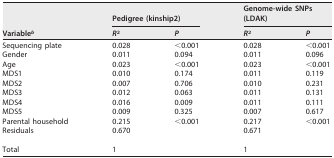
<table><thead><tr><td rowspan="2"><b>Variable<sup>b</sup></b></td><td colspan="2"><b>Pedigree (kinship2)</b></td><td colspan="2"><b>Genome-wide SNPs (LDAK)</b></td></tr><tr><td><b><i>R</i><sup>2</sup></b></td><td><b><i>P</i></b></td><td><b><i>R</i><sup>2</sup></b></td><td><b><i>P</i></b></td></tr></thead><tbody><tr><td>Sequencing plate</td><td>0.028</td><td>&lt;0.001</td><td>0.028</td><td>&lt;0.001</td></tr><tr><td>Gender</td><td>0.011</td><td>0.094</td><td>0.011</td><td>0.096</td></tr><tr><td>Age</td><td>0.023</td><td>&lt;0.001</td><td>0.023</td><td>&lt;0.001</td></tr><tr><td>MDS1</td><td>0.010</td><td>0.174</td><td>0.011</td><td>0.119</td></tr><tr><td>MDS2</td><td>0.007</td><td>0.706</td><td>0.010</td><td>0.231</td></tr><tr><td>MDS3</td><td>0.012</td><td>0.063</td><td>0.011</td><td>0.131</td></tr><tr><td>MDS4</td><td>0.016</td><td>0.009</td><td>0.011</td><td>0.111</td></tr><tr><td>MDS5</td><td>0.009</td><td>0.325</td><td>0.007</td><td>0.617</td></tr><tr><td>Parental household</td><td>0.215</td><td>&lt;0.001</td><td>0.217</td><td>&lt;0.001</td></tr><tr><td>Residuals</td><td>0.670</td><td></td><td>0.671</td><td></td></tr><tr><td>Total</td><td>1</td><td></td><td>1</td><td></td></tr></tbody></table>